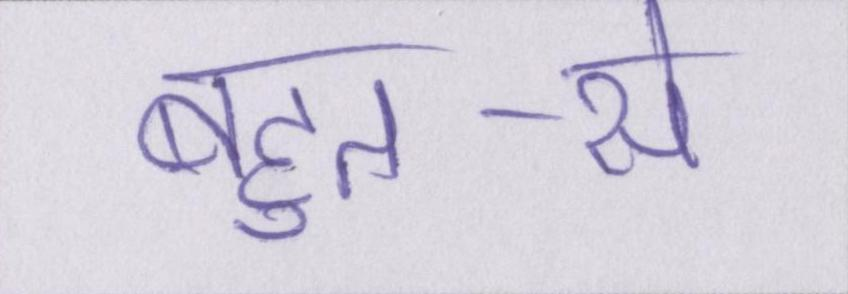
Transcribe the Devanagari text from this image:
बहुत-से